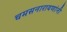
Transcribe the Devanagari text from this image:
चमसनारायणांनी